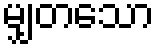
မျှတသော